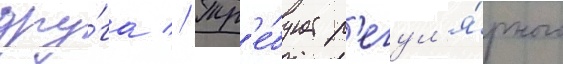
дру́га // Тр'е́бует р'егул'я́рного